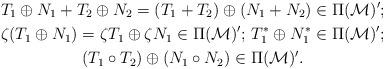
LaTeX: \begin{gather*}T_{1}\oplus N_{1}+T_{2}\oplus N_{2}=(T_{1}+T_{2})\oplus (N_{1}+N_{2})\in\Pi(\mathcal{M})';\\\zeta(T_{1}\oplus N_{1})=\zeta T_{1}\oplus \zeta N_{1}\in\Pi(\mathcal{M})';\,T_{1}^{*}\oplus N_{1}^{*}\in\Pi(\mathcal{M})';\\(T_{1}\circ T_{2})\oplus (N_{1}\circ N_{2})\in\Pi(\mathcal{M})'.\end{gather*}